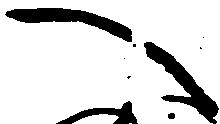
へ